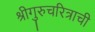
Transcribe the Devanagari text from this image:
श्रीगुरुचरित्राची